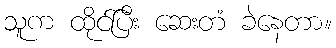
သူက ထိုင်ပြီး ဆေးတံ ခဲနေတာ။